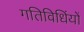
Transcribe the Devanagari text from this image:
गतिविधिंयों